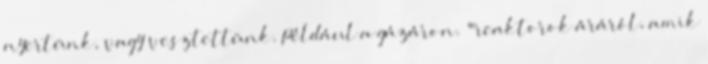
nyertünk, vagy vesztettünk. Például a gázáron. "reaktorok áráról, amik